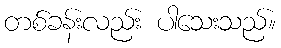
တစ်ခန်းလည်း ပါသေးသည်။